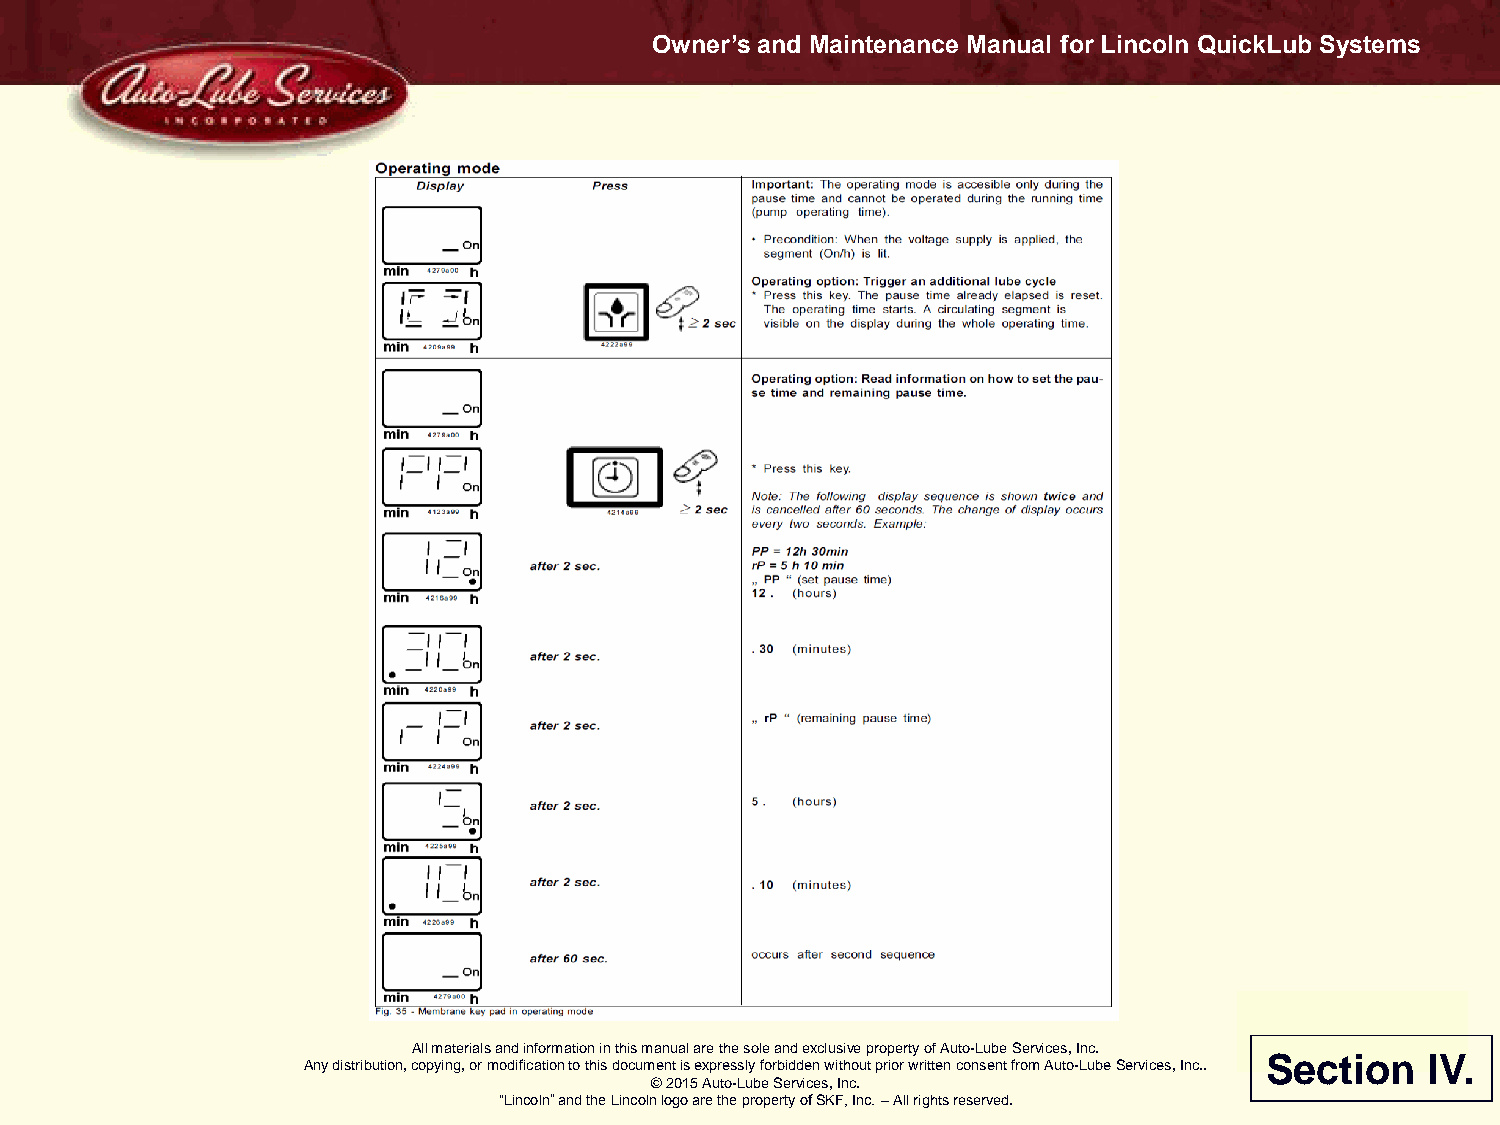
Owner’s and Maintenance Manual for Lincoln QuickLub Systems
 All materials and information in this manual are the sole and exclusive property of Auto-Lube Services, Inc.
 Section    IV.
 Any distribution, copying, or modification to this document is expressly forbidden without prior written consent from Auto-Lube Services, Inc..
 © 2015 Auto-Lube Services, Inc.
 “Lincoln” and the Lincoln logo are the property of SKF, Inc. – All rights reserved.